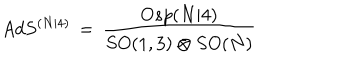
A d S ^ { ( N | 4 ) } \, = \, \frac { O s p ( N \vert 4 ) } { S O ( 1 , 3 ) \otimes S O ( N ) }